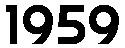
1959